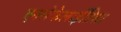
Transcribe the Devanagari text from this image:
एनसेफेलाईटिस।